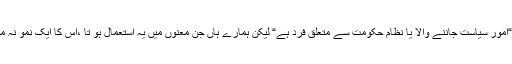
یہ عربی الا صل لفظ ہے وہیں سے اردو اور دوسری زبانوں میں بھی شامل ہوا،جس کا مطلب ہے “امور سیاست جاننے والا یا نظامِ حکومت سے متعلق فرد ہے“ لیکن ہمارے ہاں جن معنوں میں یہ استعمال ہو تا ،اس کا ایک نمو نہ میں نے اوپر پیش کیا ہے اور یہ صرف اردو میں ہی نہیں ہے اور زبانوں میں بھی یہ ہی حالت ہے۔